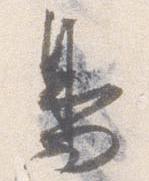
鳥